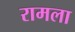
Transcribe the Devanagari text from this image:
रामला